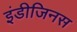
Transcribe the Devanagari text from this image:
इंडीजिनस